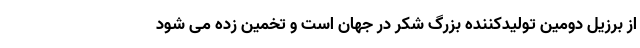
از برزیل دومین تولیدکننده بزرگ شکر در جهان است و تخمین زده می شود